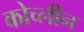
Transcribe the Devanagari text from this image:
कोच्लीन